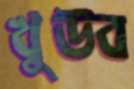
খুউব